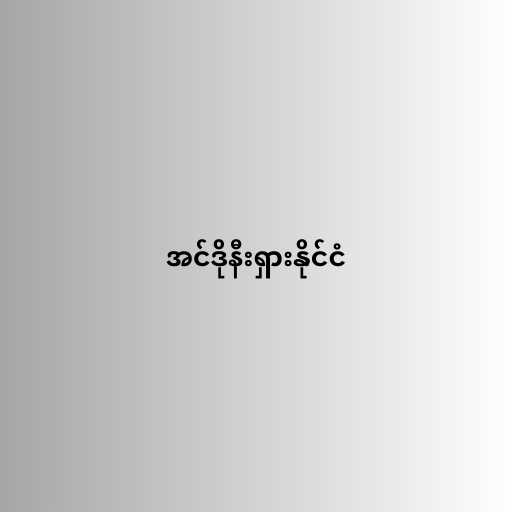
အင်ဒိုနီးရှားနိုင်ငံ